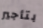
بتأجير